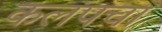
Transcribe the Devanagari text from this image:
कलपचा